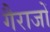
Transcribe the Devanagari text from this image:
गैराजों